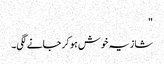
"
شازیہ خوش ہو کر جانے لگی۔